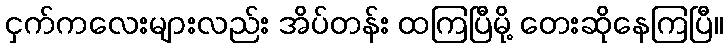
ငှက်ကလေးများလည်း အိပ်တန်း ထကြပြီမို့ တေးဆိုနေကြပြီ။